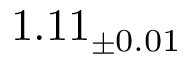
1 . 1 1 _ { \pm 0 . 0 1 }